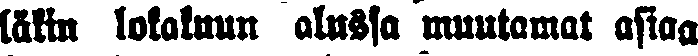
läkin lokakuun alussa muutamat asiaa